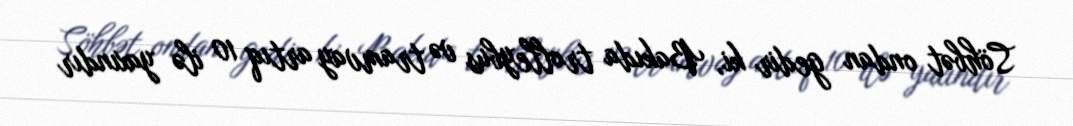
Söhbət ondan gedir ki, Bakıda trolleybus və tramvay artıq 10 ilə yaxındır